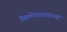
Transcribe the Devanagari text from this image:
वैद्यकीयशास्त्राच्या